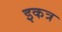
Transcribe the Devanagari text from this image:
इकत्र